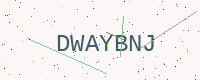
Text: DWAYBNJ